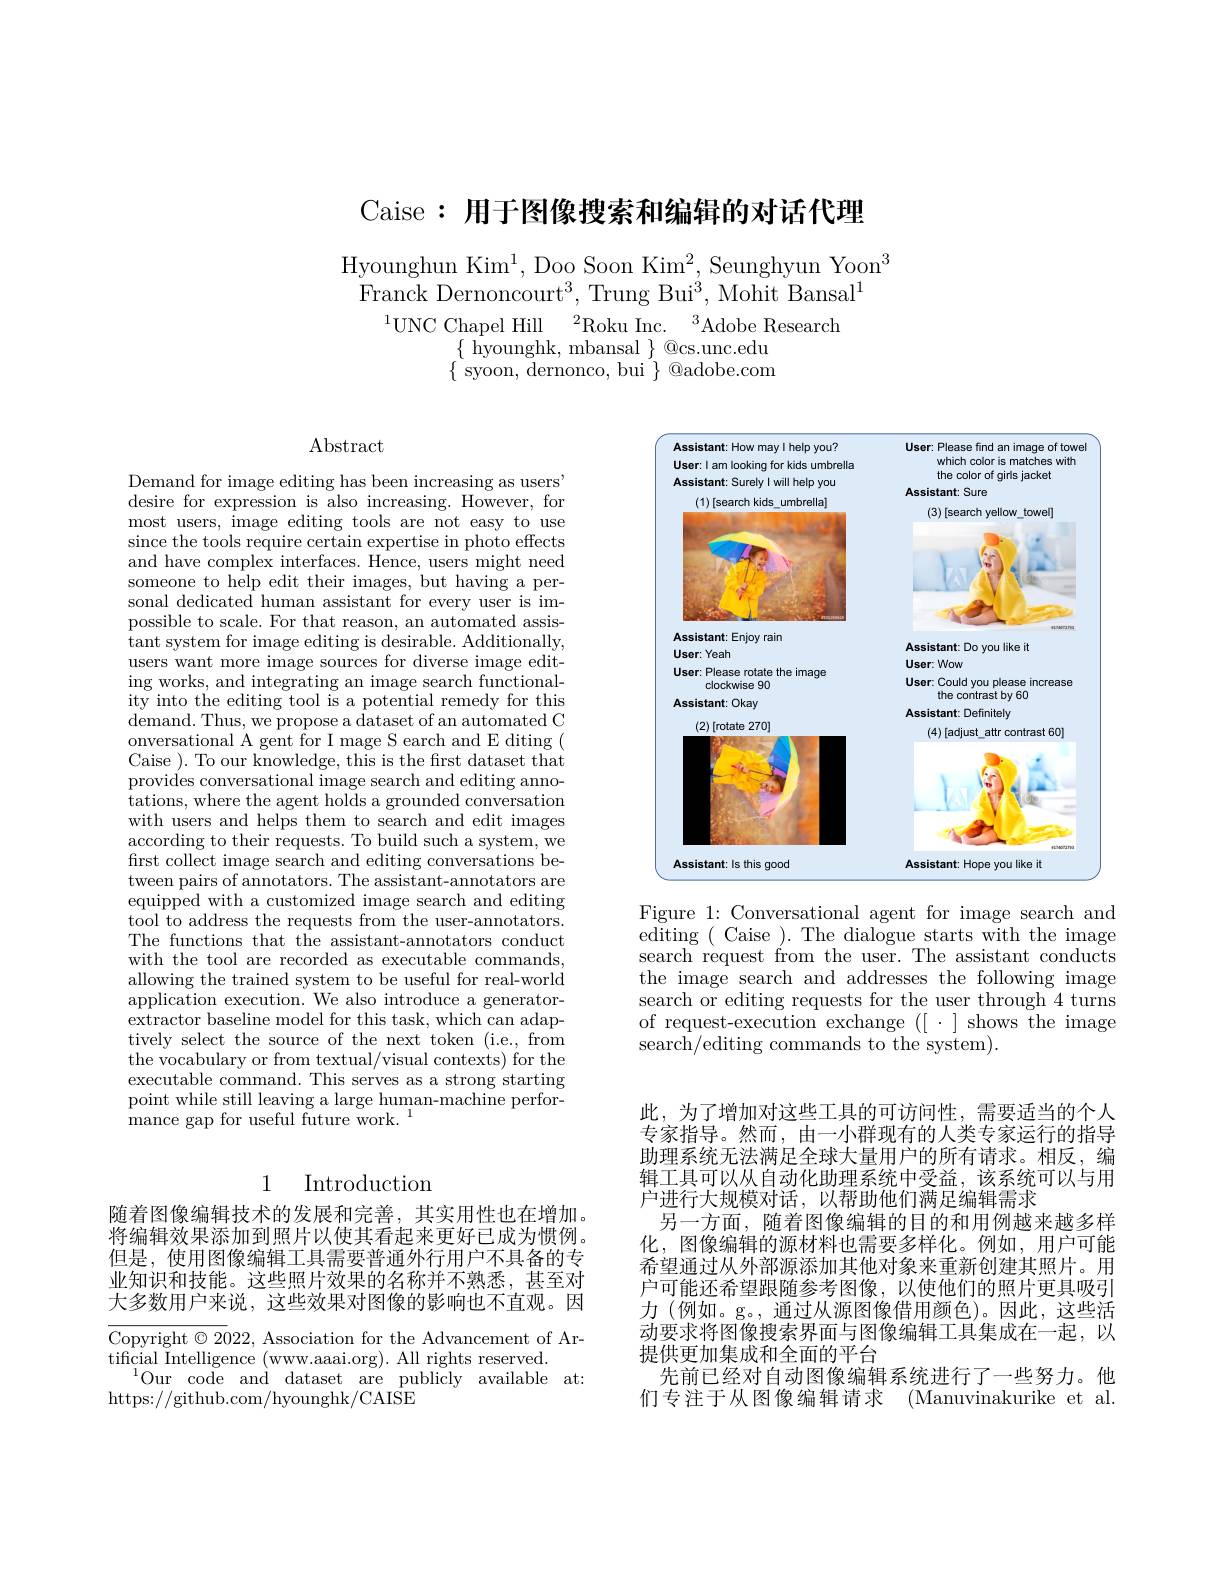
Caise: 用于图像搜索和编辑的对话代理

Hyounghun Kim$^1$, Doo Soon Kim$^2$, Seunghyun Yoon$^3$
Franck Dernoncour$t^{3}$, Trung Bu$i^{3}$, Mohit Bansa$l^{1}$
$^{1}$UNC Chapel Hill$^2$Roku Inc.$^3$Adobe Research
$\{$ hyounghk, mbansal $\}$ @cs.unc.edu $\{$syoon, dernonco, bui $\}$@adobe.com

Abstract

Demand for image editing has been increasing as users' desire for expression is also increasing. However, for most users, image editing tools are not easy to use since the tools require certain expertise in photo effects and have complex interfaces. Hence, users might need someone to help edit their images, but having a personal dedicated human assistant for every user is impossible to scale. For that reason, an automated assistant system for image editing is desirable. Additionally, users want more image sources for diverse image editing works, and integrating an image search functionality into the editing tool is a potential remedy for this ${\mathrm{demand.~Thus,~we~propose~a~dataset~of~an~automated~C}}$ onversational A gent for I mage S earch and E diting ( Caise ). To our knowledge, this is the frst dataset that provides conversational image search and editing annotations, where the agent holds a grounded conversation with users and helps them to search and edit images according to their requests. To build such a system, we first collect image search and editing conversations between pairs of annotators. The assistant-annotators are equipped with a customized image search and editing tool to address the requests from the user-annotators. The functions that the assistant-annotators conduct with the tool are recorded as executable commands, allowing the trained system to be useful for real-world application execution. We also introduce a generatorextractor baseline model for this task, which can adaptively select the source of the next token (i.e., from the vocabulary or from textual/visual contexts) for the executable command. This serves as a strong starting point while still leaving a large human-machine perfor- ${\mathrm{mance~gap~for~useful~future~work.}}$

## 1 Introduction

随着图像编辑技术的发展和完善，其实用性也在增加。将编辑效果添加到照片以使其看起来更好已成为惯例。但是，使用图像编辑工具需要普通外行用户不具备的专业知识和技能。这些照片效果的名称并不熟悉，甚至对大多数用户来说，这些效果对图像的影响也不直观。因

$\overline{\text{Copyright©2022, Association for the Advancement of Ar-}}$
tificial Intelligence (www.aaai.org). All rights reserved.
$^{1}$Our code and dataset are publicly available at:
https://github.com/hyounghk/CAISE

<FigureHere>

Figure 1: Conversational agent for image search and editing (Caise ).The dialogue starts with the image search request from the user. The assistant conducts the image search and addresses the following image search or editing requests for the user through 4 turns of request-execution exchange ([ $\cdot$ ] shows $\bar{\text{the image}}$ search/editing commands to the system).

此，为了增加对这些工具的可访问性，需要适当的个人专家指导。然而，由一小群现有的人类专家运行的指导助理系统无法满足全球大量用户的所有请求。相反，编辑工具可以从自动化助理系统中受益，该系统可以与用户进行大规模对话，以帮助他们满足编辑需求
另一方面，随着图像编辑的目的和用例越来越多样化，图像编辑的源材料也需要多样化。例如，用户可能希望通过从外部源添加其他对象来重新创建其照片。用户可能还希望跟随参考图像，以使他们的照片更具吸引力 (例如。g。,通过从源图像借用颜色)。因此，这些活动要求将图像搜索界面与图像编辑工具集成在一起，以提供更加集成和全面的平台
先前已经对自动图像编辑系统进行了一些努力。他们专注于从图像编辑请求 (Manuvinakurike et al.